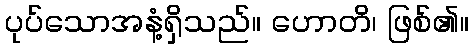
ပုပ်သောအနံ့ရှိသည်။ ဟောတိ၊ ဖြစ်၏။